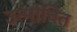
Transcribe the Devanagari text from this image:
उन्मोचित